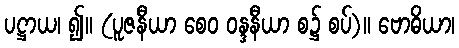
ပဋ္ဌာယ၊ ၍။ (ပူဇနီယာ စေဝ ဝန္ဒနီယာ စ၌ စပ်)။ ဗောဓိယာ၊